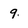
Character: 9